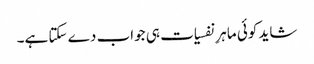
شاید کوئی ماہرِ نفسیات ہی جواب دے سکتا ہے۔